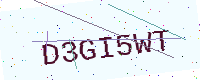
Text: D3GI5WT